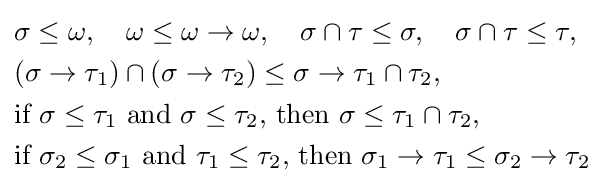
{\begin{aligned}&\sigma \leq \omega ,\quad \omega \leq \omega \to \omega ,\quad \sigma \cap \tau \leq \sigma ,\quad \sigma \cap \tau \leq \tau ,\\&(\sigma \to \tau _{1})\cap (\sigma \to \tau _{2})\leq \sigma \to \tau _{1}\cap \tau _{2},\\&{\text{if }}\sigma \leq \tau _{1}{\text{ and }}\sigma \leq \tau _{2}{\text{, then }}\sigma \leq \tau _{1}\cap \tau _{2},\\&{\text{if }}\sigma _{2}\leq \sigma _{1}{\text{ and }}\tau _{1}\leq \tau _{2}{\text{, then }}\sigma _{1}\to \tau _{1}\leq \sigma _{2}\to \tau _{2}\end{aligned}}